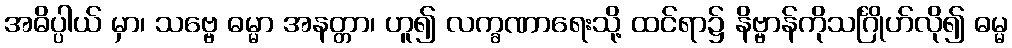
အဓိပ္ပါယ် မှာ၊ သဗ္ဗေ ဓမ္မာ အနတ္တာ၊ ဟူ၍ လက္ခဏာရေးသို့ ထင်ရာ၌ နိဗ္ဗာန်ကိုသင်္ဂြိုဟ်လို၍ ဓမ္မ